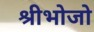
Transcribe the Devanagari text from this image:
श्रीभोजो